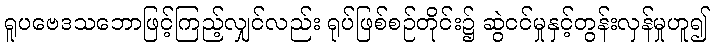
ရူပဗေဒသဘောဖြင့်ကြည့်လျှင်လည်း ရုပ်ဖြစ်စဉ်တိုင်း၌ ဆွဲငင်မှုနှင့်တွန်းလှန်မှုဟူ၍